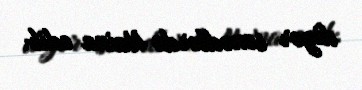
digər sənədlərdə Naina edib.